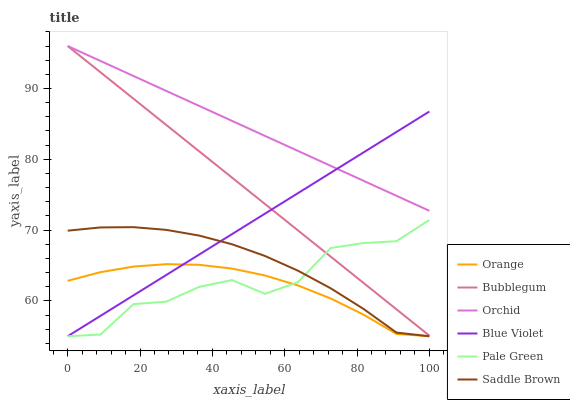
| xaxis_label | Orange | Bubblegum | Orchid | Blue Violet | Pale Green | Saddle Brown |
 | --- | --- | --- | --- | --- | --- | --- |
 | 0 | 62.8 | 96 | 96 | 55 | 55 | 69.9 |
 | 9.09 | 64.1 | 92.3 | 93.9 | 57.9 | 55.2 | 70.4 |
 | 18.2 | 64.8 | 88.6 | 91.8 | 60.8 | 59.5 | 70.4 |
 | 27.3 | 65.2 | 84.8 | 89.7 | 63.7 | 59.9 | 70 |
 | 36.4 | 65.1 | 81.1 | 87.5 | 66.5 | 62 | 69.2 |
 | 45.5 | 64.6 | 77.4 | 85.4 | 69.4 | 62.9 | 68 |
 | 54.5 | 63.6 | 73.7 | 83.3 | 72.3 | 61 | 66.3 |
 | 63.6 | 62.2 | 70 | 81.2 | 75.2 | 62.6 | 64.3 |
 | 72.7 | 60.3 | 66.2 | 79.1 | 78.1 | 67.5 | 61.8 |
 | 81.8 | 58 | 62.5 | 77 | 81 | 68.2 | 58.9 |
 | 90.9 | 55.3 | 58.8 | 74.8 | 83.9 | 68.4 | 55.5 |
 | 100 | 55 | 55.1 | 72.7 | 86.7 | 71.4 | 55 |